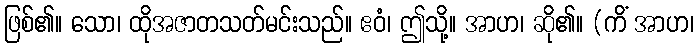
ဖြစ်၏။ သော၊ ထိုအဇာတသတ်မင်းသည်။ ဧဝံ၊ ဤသို့။ အာဟ၊ ဆို၏။ (ကိံ အာဟ၊